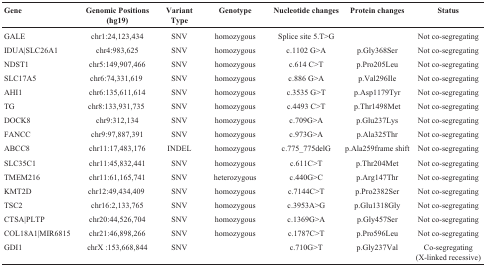
<table><thead><tr><td><b>Gene</b></td><td><b>Genomic Positions (hg19)</b></td><td><b>Variant Type</b></td><td><b>Genotype</b></td><td><b>Nucleotide changes</b></td><td><b>Protein changes</b></td><td><b>Status</b></td></tr></thead><tbody><tr><td>GALE</td><td>chr1:24,123,434</td><td>SNV</td><td>homozygous</td><td>Splice site 5.T&gt;G</td><td></td><td>Not co-segregating</td></tr><tr><td>IDUA|SLC26A1</td><td>chr4:983,625</td><td>SNV</td><td>homozygous</td><td>c.1102 G&gt;A</td><td>p. Gly368Ser</td><td>Not co-segregating</td></tr><tr><td>NDST1</td><td>chr5:149,907,466</td><td>SNV</td><td>homozygous</td><td>c.614 C&gt;T</td><td>p. Pro205Leu</td><td>Not co-segregating</td></tr><tr><td>SLC17A5</td><td>chr6:74,331,619</td><td>SNV</td><td>homozygous</td><td>c.886 G&gt;A</td><td>p. Val296Ile</td><td>Not co-segregating</td></tr><tr><td>AHI1</td><td>chr6:135,611,614</td><td>SNV</td><td>homozygous</td><td>c.3535 G&gt;T</td><td>p. Asp1179Tyr</td><td>Not co-segregating</td></tr><tr><td>TG</td><td>chr8:133,931,735</td><td>SNV</td><td>homozygous</td><td>c.4493 C&gt;T</td><td>p. Thr1498Met</td><td>Not co-segregating</td></tr><tr><td>DOCK8</td><td>chr9:312,134</td><td>SNV</td><td>homozygous</td><td>c.709G&gt;A</td><td>p. Glu237Lys</td><td>Not co-segregating</td></tr><tr><td>FANCC</td><td>chr9:97,887,391</td><td>SNV</td><td>homozygous</td><td>c.973G&gt;A</td><td>p. Ala325Thr</td><td>Not co-segregating</td></tr><tr><td>ABCC8</td><td>chr11:17,483,176</td><td>INDEL</td><td>homozygous</td><td>c.775_775delG</td><td>p. Ala259frame shift</td><td>Not co-segregating</td></tr><tr><td>SLC35C1</td><td>chr11:45,832,441</td><td>SNV</td><td>homozygous</td><td>c.611C&gt;T</td><td>p. Thr204Met</td><td>Not co-segregating</td></tr><tr><td>TMEM216</td><td>chr11:61,165,741</td><td>SNV</td><td>heterozygous</td><td>c.440G&gt;C</td><td>p. Arg147Thr</td><td>Not co-segregating</td></tr><tr><td>KMT2D</td><td>chr12:49,434,409</td><td>SNV</td><td>homozygous</td><td>c.7144C&gt;T</td><td>p. Pro2382Ser</td><td>Not co-segregating</td></tr><tr><td>TSC2</td><td>chr16:2,133,765</td><td>SNV</td><td>homozygous</td><td>c.3953A&gt;G</td><td>p. Glu1318Gly</td><td>Not co-segregating</td></tr><tr><td>CTSA|PLTP</td><td>chr20:44,526,704</td><td>SNV</td><td>homozygous</td><td>c.1369G&gt;A</td><td>p. Gly457Ser</td><td>Not co-segregating</td></tr><tr><td>COL18A1|MIR6815</td><td>chr21:46,898,266</td><td>SNV</td><td>homozygous</td><td>c.1787C&gt;T</td><td>p. Pro596Leu</td><td>Not co-segregating</td></tr><tr><td>GDI1</td><td>chrX :153,668,844</td><td>SNV</td><td></td><td>c.710G&gt;T</td><td>p. Gly237Val</td><td>Co-segregating (X-linkedrecessive)</td></tr></tbody></table>